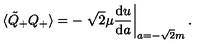
\langle \tilde { Q } _ { + } Q _ { + } \rangle = - \left. \sqrt { 2 } \mu \frac { \mathrm { d } u } { \mathrm { d } a } \right| _ { a = - \sqrt { 2 } m } .